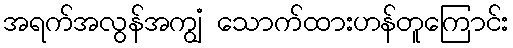
အရက်အလွန်အကျွံ သောက်ထားဟန်တူကြောင်း